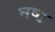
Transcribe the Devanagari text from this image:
नष्ठ